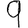
Digit: 9